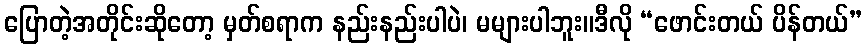
ပြောတဲ့အတိုင်းဆိုတော့ မှတ်စရာက နည်းနည်းပါပဲ၊ မများပါဘူး။ဒီလို “ဖောင်းတယ် ပိန်တယ်”